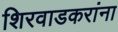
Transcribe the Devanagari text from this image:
शिरवाडकरांना